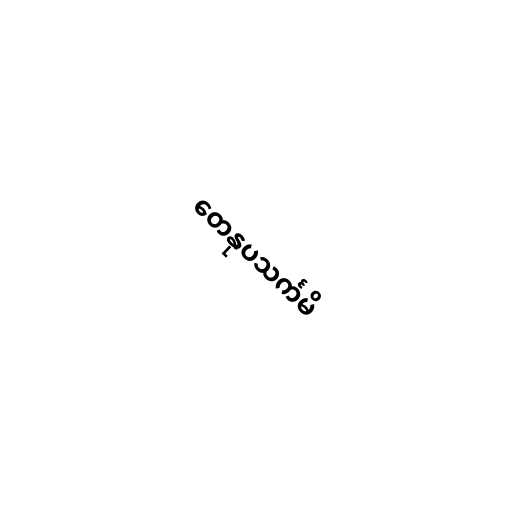
တေနုပသင်္ကမိ